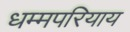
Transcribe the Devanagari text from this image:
धम्मपरियाय